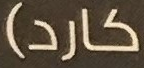
كارد)